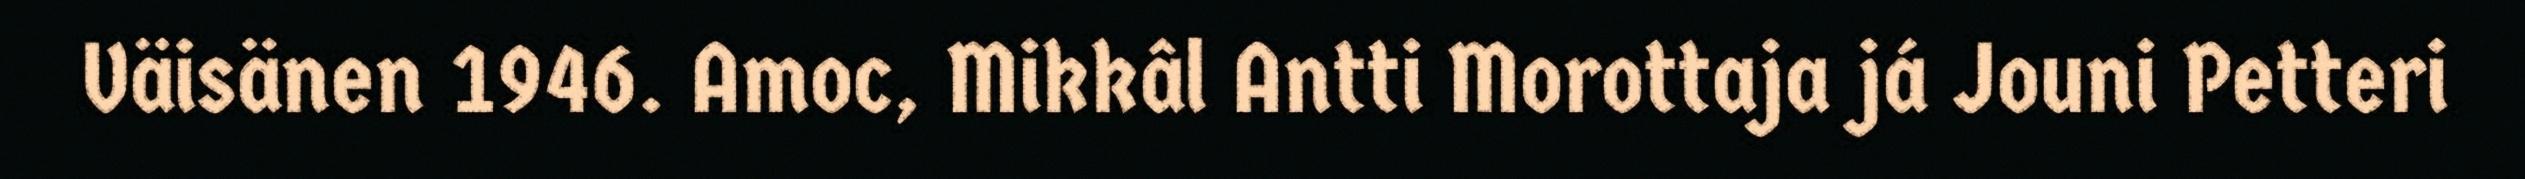
Väisänen 1946. Amoc, Mikkâl Antti Morottaja já Jouni Petteri